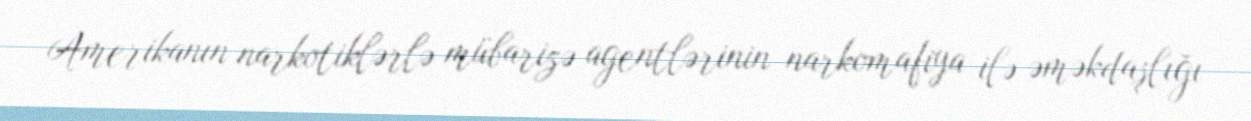
Amerikanın narkotiklərlə mübarizə agentlərinin narkomafiya ilə əməkdaşlığı